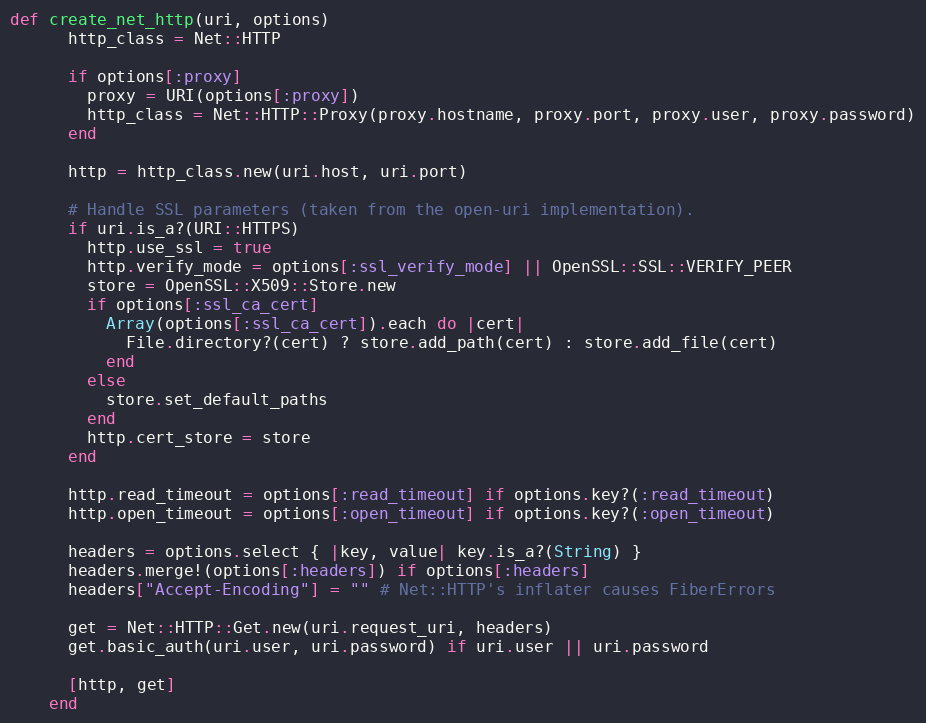
Language: Ruby
def create_net_http(uri, options)
      http_class = Net::HTTP

      if options[:proxy]
        proxy = URI(options[:proxy])
        http_class = Net::HTTP::Proxy(proxy.hostname, proxy.port, proxy.user, proxy.password)
      end

      http = http_class.new(uri.host, uri.port)

      # Handle SSL parameters (taken from the open-uri implementation).
      if uri.is_a?(URI::HTTPS)
        http.use_ssl = true
        http.verify_mode = options[:ssl_verify_mode] || OpenSSL::SSL::VERIFY_PEER
        store = OpenSSL::X509::Store.new
        if options[:ssl_ca_cert]
          Array(options[:ssl_ca_cert]).each do |cert|
            File.directory?(cert) ? store.add_path(cert) : store.add_file(cert)
          end
        else
          store.set_default_paths
        end
        http.cert_store = store
      end

      http.read_timeout = options[:read_timeout] if options.key?(:read_timeout)
      http.open_timeout = options[:open_timeout] if options.key?(:open_timeout)

      headers = options.select { |key, value| key.is_a?(String) }
      headers.merge!(options[:headers]) if options[:headers]
      headers["Accept-Encoding"] = "" # Net::HTTP's inflater causes FiberErrors

      get = Net::HTTP::Get.new(uri.request_uri, headers)
      get.basic_auth(uri.user, uri.password) if uri.user || uri.password

      [http, get]
    end